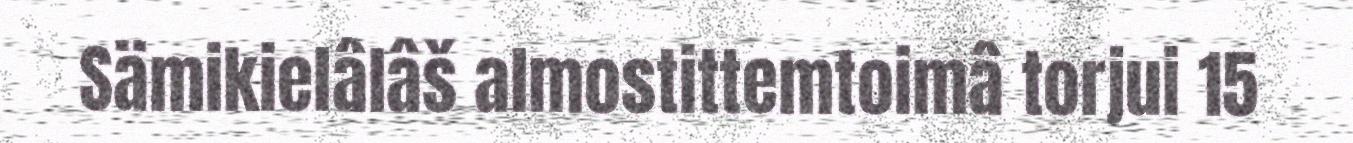
Sämikielâlâš almostittemtoimâ torjui 15